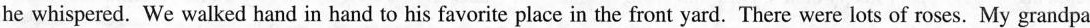
he whispered. We walked hand in hand to his favorite place in the front yard. There were lots of roses. My grandpa